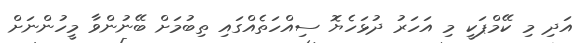
އަދި މި ކޭމްޕަކީ މި އަހަރު ދުޅަހެޔޮ ސިއްހަތެއްގައި ތިބުމަށް ބޭނުންވާ މީހުންނަށް